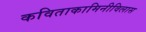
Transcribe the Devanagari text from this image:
कविताकामिनीविलास